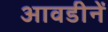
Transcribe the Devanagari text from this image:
आवडीनें